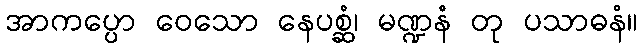
အာကပ္ပော ဝေသော နေပစ္ဆံ၊ မဏ္ဍနံ တု ပသာဓနံ။